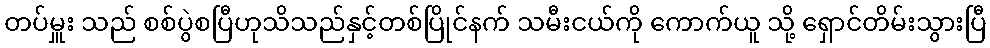
တပ်မှူး သည် စစ်ပွဲစပြီဟုသိသည်နှင့်တစ်ပြိုင်နက် သမီးငယ်ကို ကောက်ယူ သို့ ရှောင်တိမ်းသွားပြီ